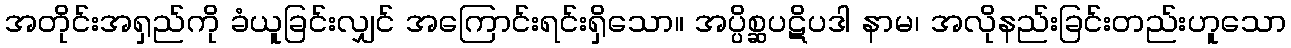
အတိုင်းအရှည်ကို ခံယူခြင်းလျှင် အကြောင်းရင်းရှိသော။ အပ္ပိစ္ဆပဋိပဒါ နာမ၊ အလိုနည်းခြင်းတည်းဟူသော